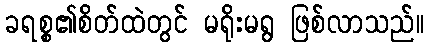
ခရစ္စ၏စိတ်ထဲတွင် မရိုးမရွ ဖြစ်လာသည်။